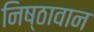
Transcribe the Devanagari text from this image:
निष्‍ठावान